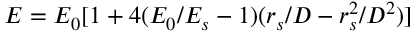
E = E _ { 0 } [ 1 + 4 ( E _ { 0 } / E _ { s } - 1 ) ( r _ { s } / D - r _ { s } ^ { 2 } / D ^ { 2 } ) ]